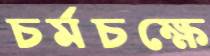
চর্মচক্ষে